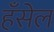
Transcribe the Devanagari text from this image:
हँसेल